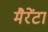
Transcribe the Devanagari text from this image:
मैरेंटा